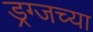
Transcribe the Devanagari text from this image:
ड्रग्जच्या